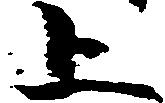
上